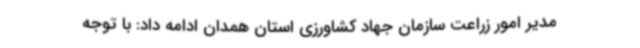
مدیر امور زراعت سازمان جهاد کشاورزی استان همدان ادامه داد: با توجه